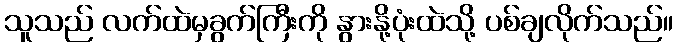
သူသည် လက်ထဲမှခွက်ကြီးကို နွားနို့ပုံးထဲသို့ ပစ်ချလိုက်သည်။